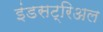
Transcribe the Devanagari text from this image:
इंडसट्रिअल